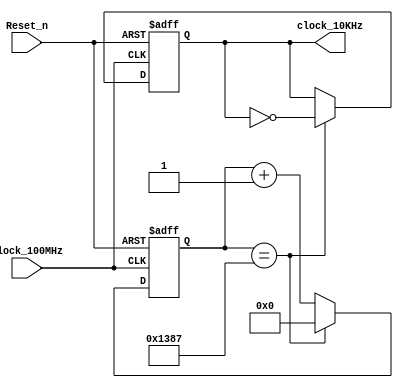
`timescale 1ns / 1ns
//////////////////////////////////////////////////////////////////////////////////
// Company:  RUAS
// 
// Design Name: 
// Module Name: Clock_10KHz
// Project Name: 
// Target Devices: 
// Tool Versions: 
// Description: 
// 
// Dependencies: 
// 
// Revision:
// Revision 0.01 - File Created
// Additional Comments:
// 
//////////////////////////////////////////////////////////////////////////////////


module Clock_10KHz(output reg clock_10KHz,
                   input Clock_100MHz, Reset_n);
    
  // Generate 10KHz clock
    // 100us = 10KHz
    // 100us clock = 50us ON + 50us OFF
    // 10ns = 1; 50us = x; x = 5000;
    // 4999 = 1_0011_1000_1000b       
     reg [12:0] count_5000;     
       
   always@(posedge Clock_100MHz, negedge Reset_n)
     if(!Reset_n)   
       begin             
         clock_10KHz <= 0;
         count_5000 <= 0; 
       end
     else if(count_5000 == 4999)        
       begin             
         clock_10KHz <= ~clock_10KHz;
         count_5000 <= 0; 
        end 
      else         
        begin             
          clock_10KHz <= clock_10KHz;
          count_5000 <= count_5000 + 1; 
        end  
                  
endmodule